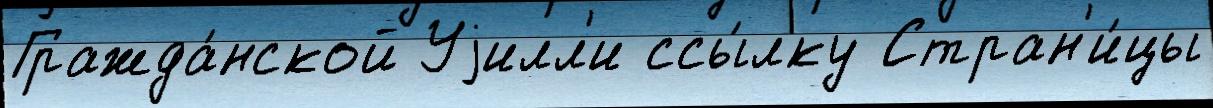
Гражда́нской Уjилл'и ссы́лку Стран'и́цы